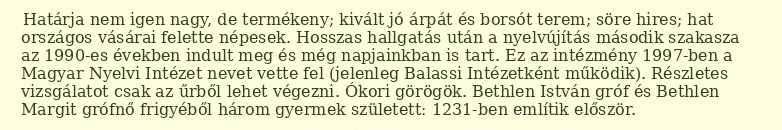
Határja nem igen nagy, de termékeny; kivált jó árpát és borsót terem; söre hires; hat országos vásárai felette népesek. Hosszas hallgatás után a nyelvújítás második szakasza az 1990-es években indult meg és még napjainkban is tart. Ez az intézmény 1997-ben a Magyar Nyelvi Intézet nevet vette fel (jelenleg Balassi Intézetként működik). Részletes vizsgálatot csak az űrből lehet végezni. Ókori görögök. Bethlen István gróf és Bethlen Margit grófnő frigyéből három gyermek született: 1231-ben említik először.